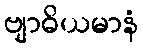
ဗျာဓိယမာနံ